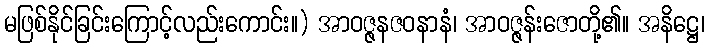
မဖြစ်နိုင်ခြင်းကြောင့်လည်းကောင်း။) အာဝဇ္ဇနဇဝနာနံ၊ အာဝဇ္ဇန်းဇောတို့၏။ အနိဋ္ဌေ၊